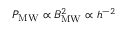
P _ { \mathrm { M W } } \propto B _ { \mathrm { M W } } ^ { 2 } \propto h ^ { - 2 }